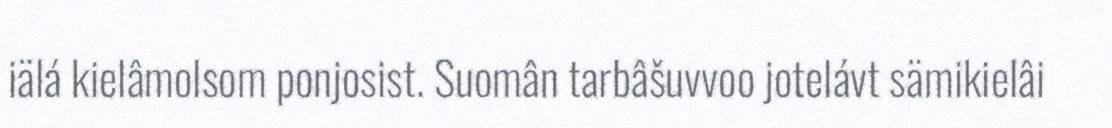
iälá kielâmolsom ponjosist. Suomân tarbâšuvvoo jotelávt sämikielâi